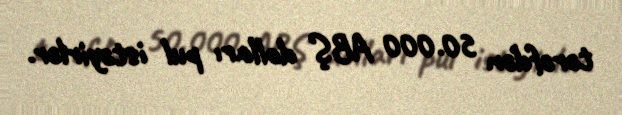
tərəfdən 50.000 ABŞ dolları pul istəyirlər.